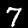
Digit: 7